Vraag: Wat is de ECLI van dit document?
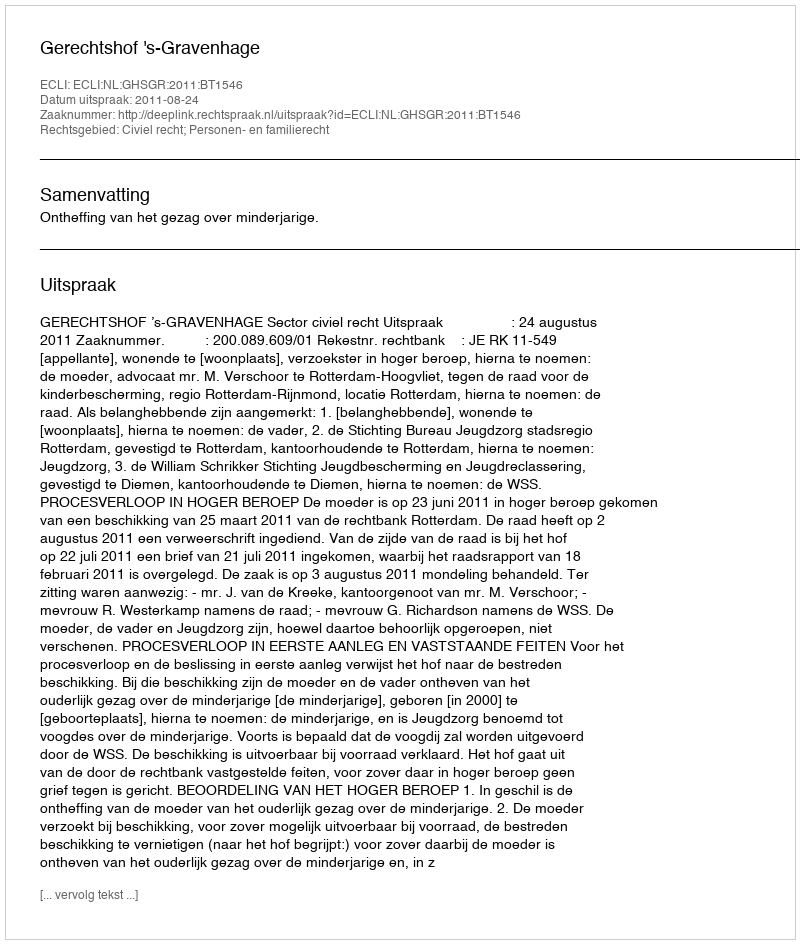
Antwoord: ECLI:NL:GHSGR:2011:BT1546